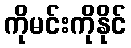
ကိုမင်းကိုနိုင်